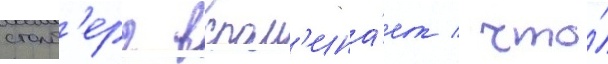
столб'ерг вспом'ина́ет / что́